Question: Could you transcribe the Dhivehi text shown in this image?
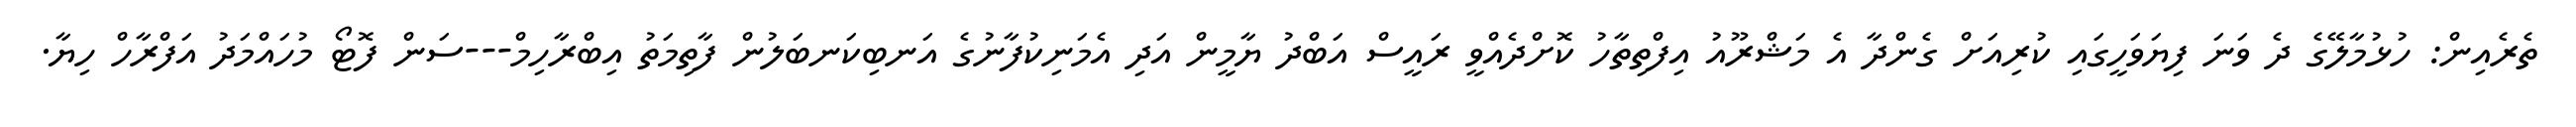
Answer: ތެރެއިން: ހުޅުމާލޭގެ ދެ ވަނަ ފިޔަވަހީގައި ކުރިއަށް ގެންދާ އެ މަޝްރޫއު އިފްތިތާހު ކޮށްދެއްވީ ރައީސް އަބްދު ޔާމީން އަދި އެމަނިކުފާނުގެ އަނބިކަނބަލުން ފާތިމަތު އިބްރާހިމް---ސަން ފޮޓޯ މުހައްމަދު އަފްރާހް ހިޔާ.